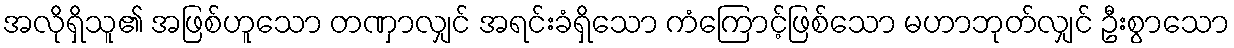
အလိုရှိသူ၏ အဖြစ်ဟူသော တဏှာလျှင် အရင်းခံရှိသော ကံကြောင့်ဖြစ်သော မဟာဘုတ်လျှင် ဦးစွာသော